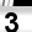
Digit: 3